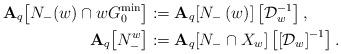
LaTeX: \begin{align*}\mathbf{A}_{q}\!\left[N_{-}(w)\cap wG_{0}^{\min}\right] & :=\mathbf{A}_{q}\!\left[N_{-}\left(w\right)\right]\left[\mathcal{D}_{w}^{-1}\right],\\\mathbf{A}_{q}\!\left[N_{-}^{w}\right] & :=\mathbf{A}_{q}\!\left[N_{-}\cap X_{w}\right]\left[\left[\mathcal{D}_{w}\right]^{-1}\right].\end{align*}